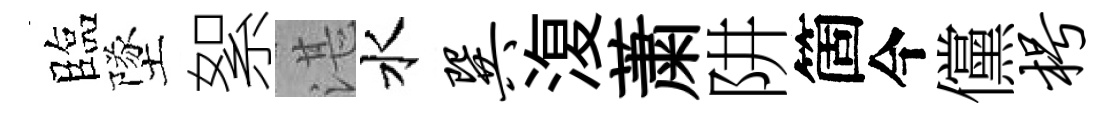
臨墜絮湛水巽𣸪䔥阱箇今儻枵